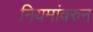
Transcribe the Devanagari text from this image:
नियमांवरुन